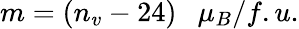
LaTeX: m=(n_{v}-24)\ \ \ \mu_{B}/f.u.